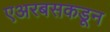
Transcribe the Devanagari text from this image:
एअरबसकडून